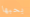
بحبها